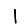
Digit: 1